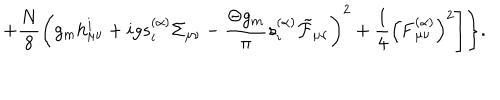
+ \frac { N } { 8 } \left( g _ { m } h _ { \mu \nu } ^ { i } + i g s _ { i } ^ { ( \alpha ) } \Sigma _ { \mu \nu } - \frac { \Theta g _ { m } } { \pi } s _ { i } ^ { ( \alpha ) } \tilde { \cal F } _ { \mu \nu } \right) ^ { 2 } + \frac 1 4 \left( { \bf F } _ { \mu \nu } ^ { ( \alpha ) } \right) ^ { 2 } \Biggr ] \Biggr \} .